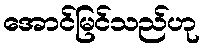
အောင်မြင်သည်ဟု